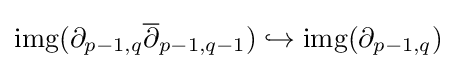
\operatorname {img} (\partial _{p-1,q}{\overline {\partial }}_{p-1,q-1})\hookrightarrow \operatorname {img} (\partial _{p-1,q})